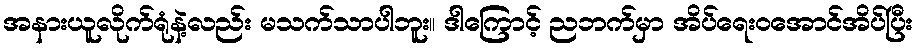
အနားယူလိုက်ရုံနဲ့လည်း မသက်သာပါဘူး။ ဒါကြောင့် ညဘက်မှာ အိပ်ရေးဝအောင်အိပ်ပြီး